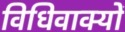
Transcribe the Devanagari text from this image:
विधिवाक्यों